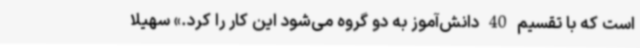
است که با تقسیم 40 دانش‌آموز به دو گروه می‌شود این کار را کرد.» سهیلا